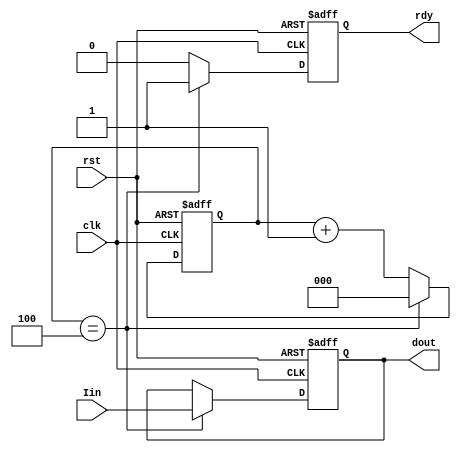
//
module Decimate(
	rst,clk,Iin,
	dout,rdy
);

input	rst;
input	clk;
input	signed[16:0] Iin;
output	signed[16:0] dout;
output	rdy;

reg [2:0] c;
reg signed [16:0] dout_tem;
reg rdy_tem;
always@(posedge clk or posedge rst)
	if(rst)
		begin
			c = 3'd0;
			dout_tem <= 16'd0;
			rdy_tem <= 1'b0;
		end
	else
		begin
			if(c==4)	//54
				begin
					rdy_tem <= 1'b1;
					dout_tem <= Iin;
					c =3'd0;
				end
			else
				begin
					rdy_tem <= 1'b0;
					c=c+1;
				end
		end
assign dout = dout_tem;
assign rdy	= rdy_tem;



endmodule